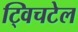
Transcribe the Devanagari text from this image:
ट्विचटेल